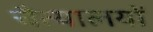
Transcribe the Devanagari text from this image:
चैत्यालयों